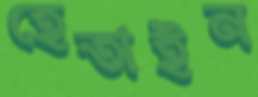
হেতাইন